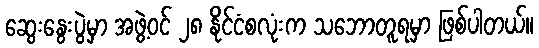
ဆွေးနွေးပွဲမှာ အဖွဲ့ဝင် ၂၈ နိုင်ငံစလုံးက သဘောတူရမှာ ဖြစ်ပါတယ်။